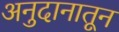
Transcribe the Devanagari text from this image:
अनुदानातून